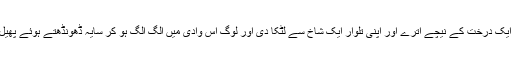
آپﷺ ایک درخت کے نیچے اترے اور اپنی تلوار ایک شاخ سے لٹکا دی اور لوگ اس وادی میں الگ الگ ہو کر سایہ ڈھونڈھتے ہوئے پھیل گئے۔